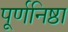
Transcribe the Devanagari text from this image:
पूर्णनिष्ठा